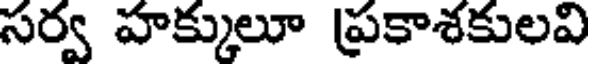
సర్వ హక్కులూ ప్రకాశకులవి